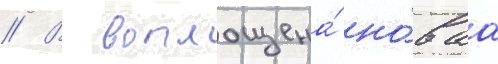
// В воплощена́ но́ваа